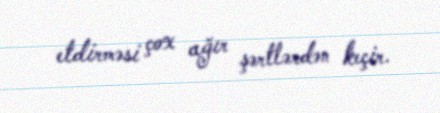
etdirməsi çox ağır şərtlərdən keçir.